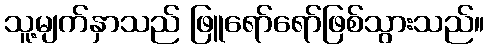
သူ့မျက်နှာသည် ဖြူရော်ရော်ဖြစ်သွားသည်။